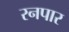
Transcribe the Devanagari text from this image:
रनपार